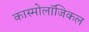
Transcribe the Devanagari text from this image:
कास्मोलॉजिकल